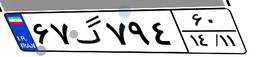
۶۷گ۷۹۴۶۰